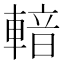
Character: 𨍑